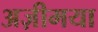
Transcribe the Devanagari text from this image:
अज़ीमया